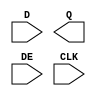
module sky130_fd_sc_hs__edfxtp (
    //# {{data|Data Signals}}
    input  D  ,
    output Q  ,

    //# {{control|Control Signals}}
    input  DE ,

    //# {{clocks|Clocking}}
    input  CLK
);

    // Voltage supply signals
    supply1 VPWR;
    supply0 VGND;

endmodule